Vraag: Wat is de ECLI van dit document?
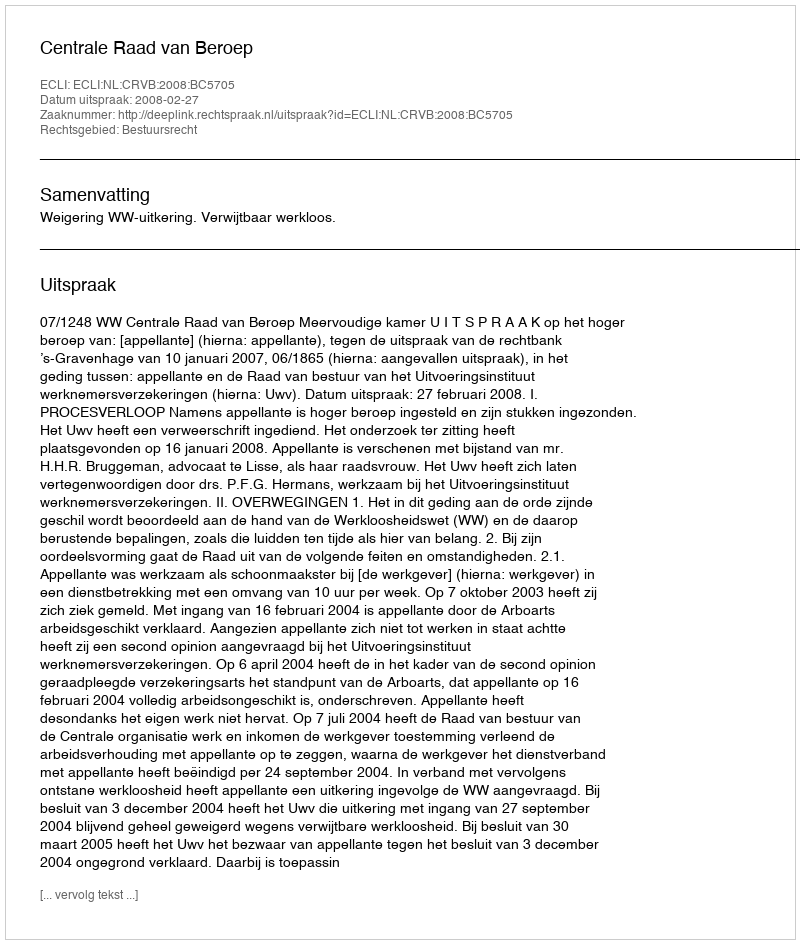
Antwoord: ECLI:NL:CRVB:2008:BC5705